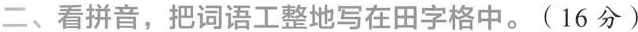
二、看拼音，把词语工整地写在田字格中。(16分)